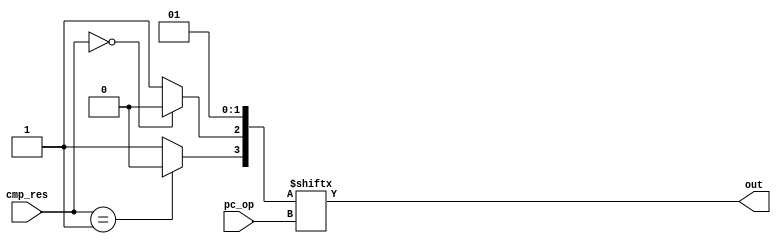
`timescale 1ns / 1ps
//////////////////////////////////////////////////////////////////////////////////
// Company: 
// 
// Design Name: 
// Module Name:    jump_select 
// Project Name: 
// Target Devices: 
// Tool versions: 
// Description: 
//
// Dependencies: 
//
// Revision: 
// Revision 0.01 - File Created
// Additional Comments: 
//
//////////////////////////////////////////////////////////////////////////////////
module jump_select(
    input [7:0] cmp_res,
    input [1:0] pc_op,
    output out
    );
	 
wire [3:0] results;
assign results[0] = 1'b1; //no jmp
assign results[1] = 1'b0; //jmp
assign results[2] = (cmp_res == 8'b0) ? 1'b0 : 1'b1; // jnz
assign results[3] = (cmp_res == 8'b1) ? 1'b0 : 1'b1; // jz

assign out = results[pc_op];

endmodule